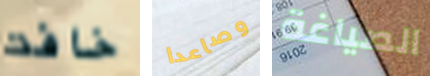
خافت وصاعدا الصياغة